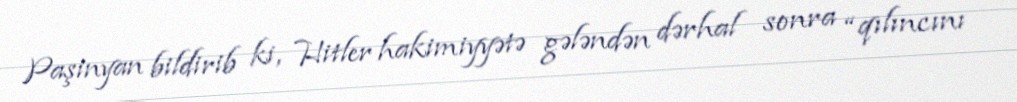
Paşinyan bildirib ki, Hitler hakimiyyətə gələndən dərhal sonra “qılıncını